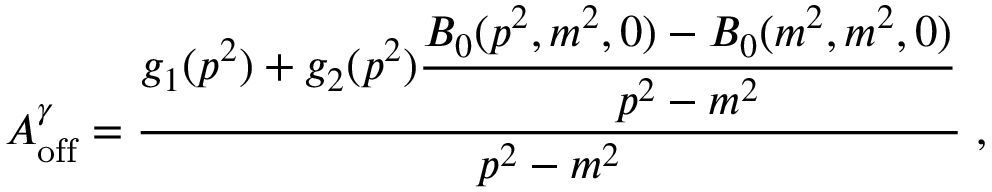
{ \cal A } _ { \mathrm { o f f } } ^ { \gamma } = \frac { g _ { 1 } ( p ^ { 2 } ) + g _ { 2 } ( p ^ { 2 } ) \displaystyle \frac { B _ { 0 } ( p ^ { 2 } , m ^ { 2 } , 0 ) - B _ { 0 } ( m ^ { 2 } , m ^ { 2 } , 0 ) } { p ^ { 2 } - m ^ { 2 } } } { p ^ { 2 } - m ^ { 2 } } \; ,